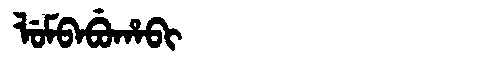
Manchu: ᠯᡠᠮᠪᠠᠪᡠᡥᠠᠪᡳ
Romanization: LUMBABUHABI